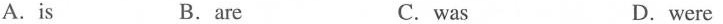
A.is B.are C.was D. were